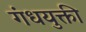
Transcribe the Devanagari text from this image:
गंधयुक्ती